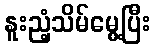
နူးညံ့သိမ်မွေ့ပြီး